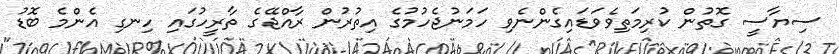
ސިޔާސީ ގޮތުން ކުރިމަތިވެވަޑައިގެންނެވި ހަމަނުޖެހުމުގެ އިތުރުން ރާއްޖޭގެ ތާރީހުގައި ހިނގި އެންމެ ބޮޑު